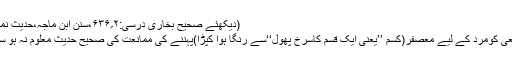
(دیکھئے صحیح بخاری درسی:۲؍۶۳۶،سنن ابن ماجہ،حدیث نمبر۱۳۹۴)
| امام شافعیؒ کومرد کے لیے مُعَصفَر(کُسم ’’یعنی ایک قسم کاسرخ پھول‘‘سے رنگا ہوا کپڑا)پہننے کی ممانعت کی صحیح حدیث معلوم نہ ہو سکی تھی ۔